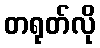
တရုတ်လို